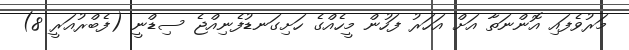
މަރުވެފައި އޮންނަތާ އަށް އަހަރު ފަހުން މީހެއްގެ ހަށިގަނޑުފެނިއްޖެ ސިޑްނީ (ފެބްރުއަރީ 8)